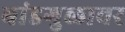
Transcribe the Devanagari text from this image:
बांडगुळावर